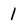
Character: 1